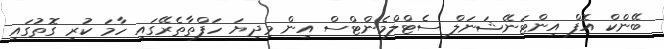
ބޭންކް އޮފް އިންޓަނޭޝަނަލް ސެޓްލްމެންޓްސް އިން މިދިޔަ ހަފްތާތެރޭގައި ހާމަ ކުރި ގޮތުގައި